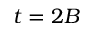
t = 2 B